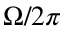
\Omega / 2 \pi